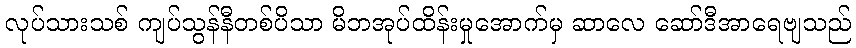
လုပ်သားသစ် ကျပ်သွန်နီတစ်ပိသာ မိဘအုပ်ထိန်းမှုအောက်မှ ဆာလေ ဆော်ဒီအာရေဗျသည်